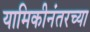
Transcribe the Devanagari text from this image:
यामिकीनंतरच्या